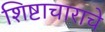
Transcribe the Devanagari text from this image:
शिष्टाचाराचे